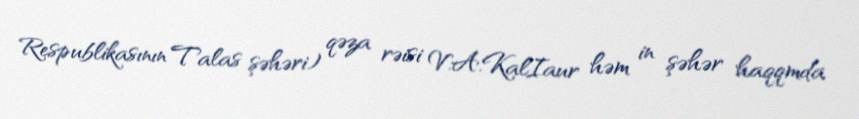
Respublikasının Talas şəhəri) qəza rəisi V.A.KalIaur həm in şəhər haqqmda